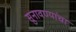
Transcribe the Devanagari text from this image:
सुनावण्यांचा